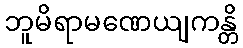
ဘူမိရာမဏေယျကန္တိ